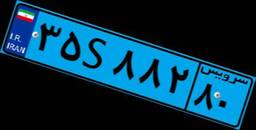
۲۸S۱۰۰۶۱